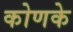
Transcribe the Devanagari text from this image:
कोणके